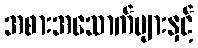
အစားအသောက်များနှင့်